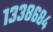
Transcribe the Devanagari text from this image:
१३३८६८४